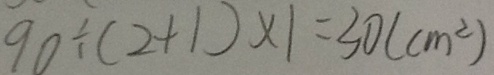
9 0 \div ( 2 + 1 ) \times 1 = 3 0 ( c m ^ { 2 } )